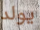
يولد